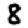
Digit: 8